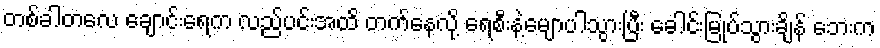
တစ်ခါတလေ ချောင်းရေက လည်ပင်းအထိ တက်နေလို့ ရေစီးနဲ့မျောပါသွားပြီး ခေါင်းမြုပ်သွားချိန် ဘေးက